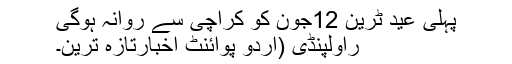
پہلی عید ٹرین 12جون کو کراچی سے روانہ ہوگی
راولپنڈی (اُردو پوائنٹ اخبارتازہ ترین۔